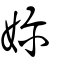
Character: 妳